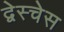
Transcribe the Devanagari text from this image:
द्वेस्चेस